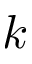
k